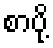
စာပို့